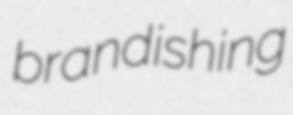
brandishing